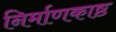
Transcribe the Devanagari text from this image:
निर्माणकाष्ठ